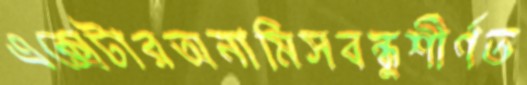
এক্সেটারঅনামিসবন্ধুশীর্ণত